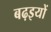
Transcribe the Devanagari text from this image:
बढ़इयों